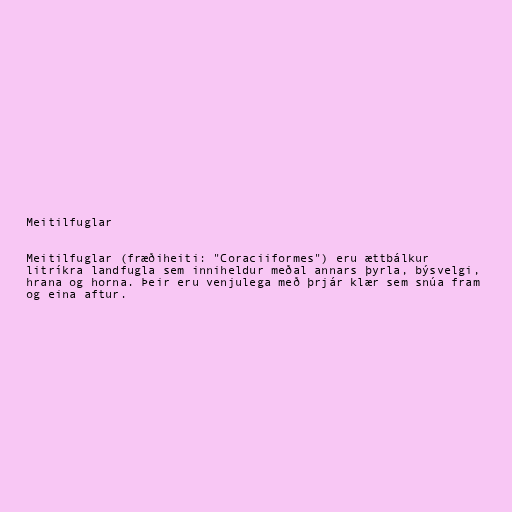
Meitilfuglar

Meitilfuglar (fræðiheiti: "Coraciiformes") eru ættbálkur
litríkra landfugla sem inniheldur meðal annars þyrla, býsvelgi,
hrana og horna. Þeir eru venjulega með þrjár klær sem snúa fram
og eina aftur.